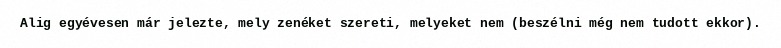
Alig egyévesen már jelezte, mely zenéket szereti, melyeket nem (beszélni még nem tudott ekkor).